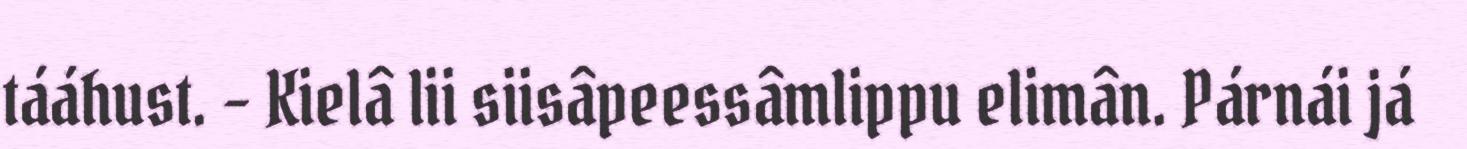
tááhust. – Kielâ lii siisâpeessâmlippu elimân. Párnái já